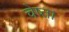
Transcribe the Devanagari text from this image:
चेष्ता